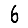
Digit: 6